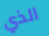
الذي